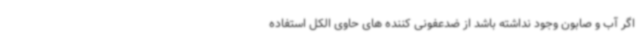
اگر آب و صابون وجود نداشته باشد از ضدعفونی کننده های حاوی الکل استفاده